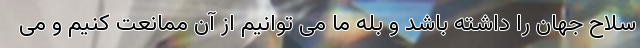
سلاح جهان را داشته باشد و بله ما می توانیم از آن ممانعت کنیم و می